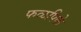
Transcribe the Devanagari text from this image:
फळपिके